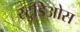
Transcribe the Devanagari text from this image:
स्टुडिओस